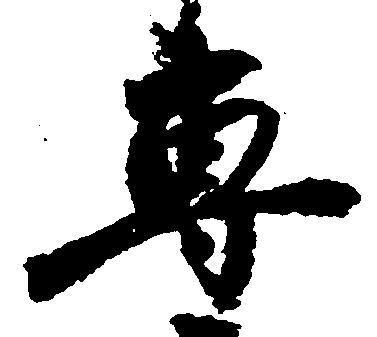
専